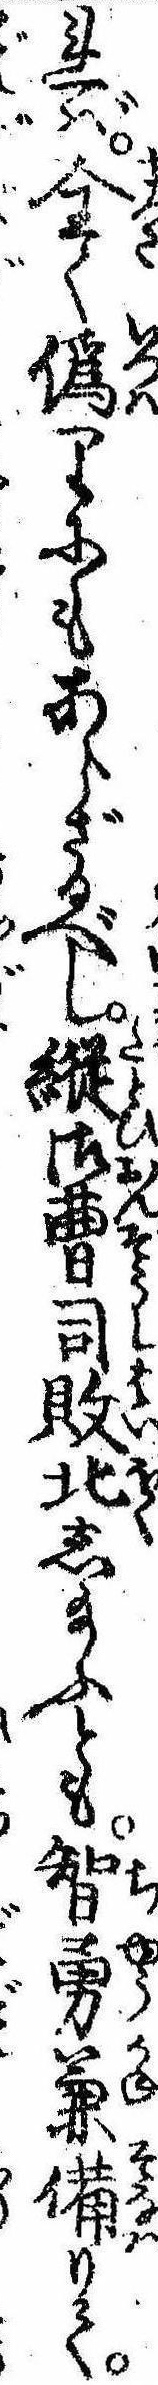
れば全く偽りにもあらざるべし縦御曹司敗北し給ふとも智勇兼備りて